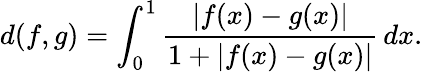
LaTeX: d(f,g)=\int_{0}^{1}{\frac{|f(x)-g(x)|}{1+|f(x)-g(x)|}}\, dx.